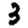
Digit: 3